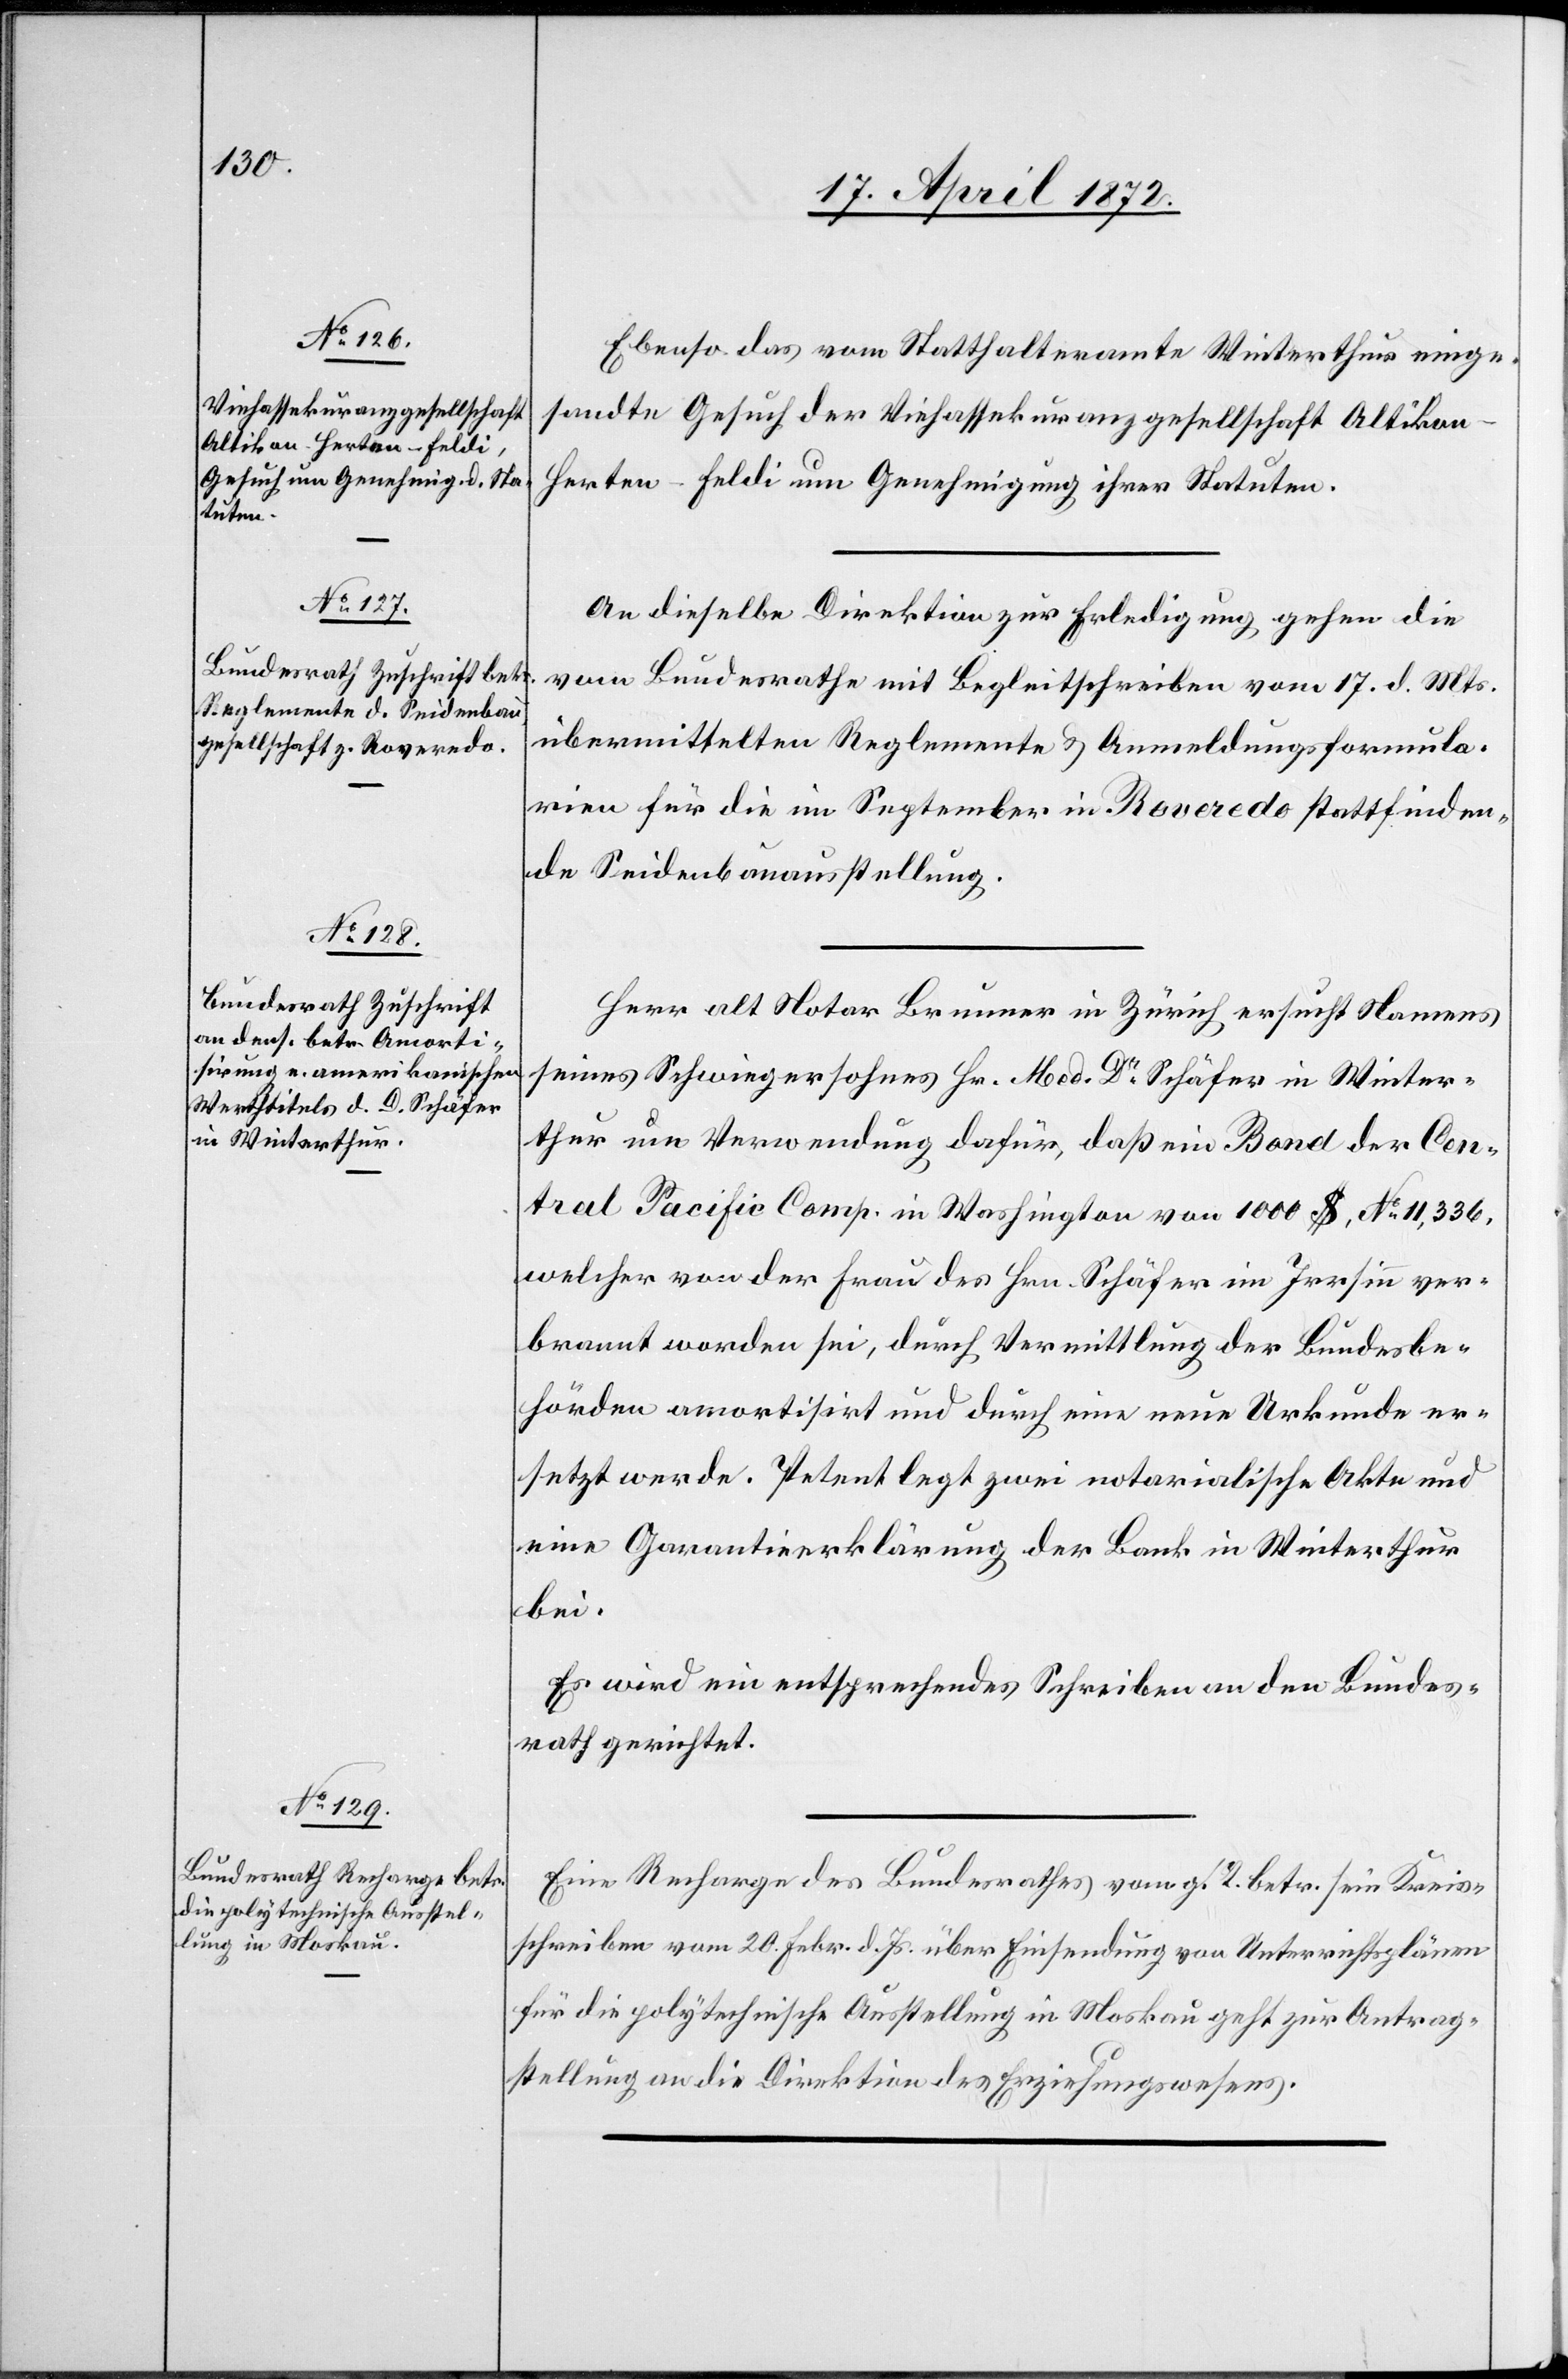
19. April 1872.]
Ebenso das vom Statthalteramte Winterthur einge¬
sandte Gesuch der Viehassekuranzgesellschaft Altikon-H¬
erten-Feldi um Genehmigung ihrer Statuten.
An dieselbe Direktion zur Erledigung gehen die
vom Bundesrathe mit Begleitschreiben vom 17. d. Mts.
übermittelten Reglemente u. Anmeldungsformula¬
rien für die im September in Roveredo stattfinden¬
de Seidenbauausstellung.
Herr alt Notar Brunner in Zürich ersucht Namens
seines Schwiegersohnes Hr. Med. Dr Schäfer in Winter¬
thur um Verwendung dafür, daß ein Bond der Cen¬
tral Pacific Comp. in Washington von 1000 $, No 11,336,
welcher von der Frau des Hrn. Schäfer im Irrsinn ver¬
brannt worden sei, durch Vermittlung der Bundesbe¬
hörden amortisirt und durch eine neue Urkunde er¬
setzt werde. Petent legt zwei notarialische Akte[n] und
eine Garantieerklärung der Bank in Winterthur
bei.
Es wird ein entsprechendes Schreiben an den Bundes¬
rath gerichtet.
Eine Recharge des Bundesrathes vom gl. T. betr. sein Kreis¬
schreiben vom 20. Febr. d. Js. über Einsendung von Unterrichtsplänen
für die polytechnische Ausstellung in Moskau geht zur Antrag¬
stellung an die Direktion des Erziehungswesens.